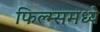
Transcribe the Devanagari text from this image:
फिल्म्समध्ये